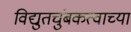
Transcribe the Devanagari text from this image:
विद्युतचुंबकत्वाच्या